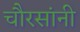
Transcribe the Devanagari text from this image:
चौरसांनी